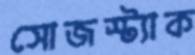
সোজস্ট্যাক